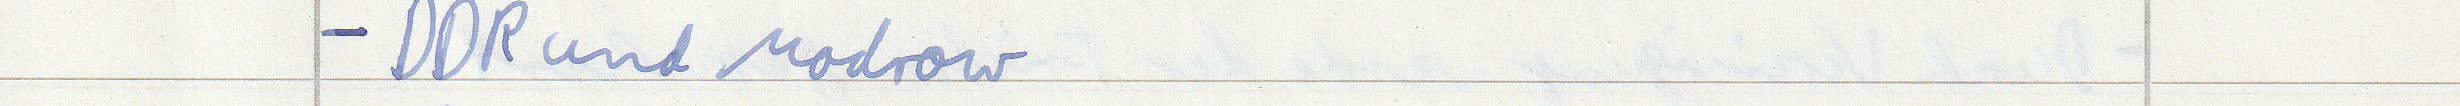
- DDR und Modrow